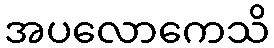
အပလောကေသိ